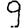
Digit: 9